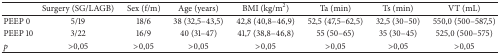
|  | Surgery (SG/LAGB) | Sex (f/m) | Age (years) | BMI (kg/m2) | Ta (min) | Ts (min) | VT (mL) |
 | --- | --- | --- | --- | --- | --- | --- | --- |
 | PEEP 0 | 5/19 | 18/6 | 38 (32,5–43,5) | 42,8 (40,8–46,9) | 52,5 (47,5–62,5) | 32,5 (30–50) | 550,0 (500–587,5) |
 | PEEP 10 | 3/22 | 16/9 | 40 (31–47) | 41,7 (38,8–46,8) | 55 (50–65) | 35 (30–45) | 525,0 (500–575) |
 | p | >0,05 | >0,05 | >0,05 | >0,05 | >0,05 | >0,05 | >0,05 |